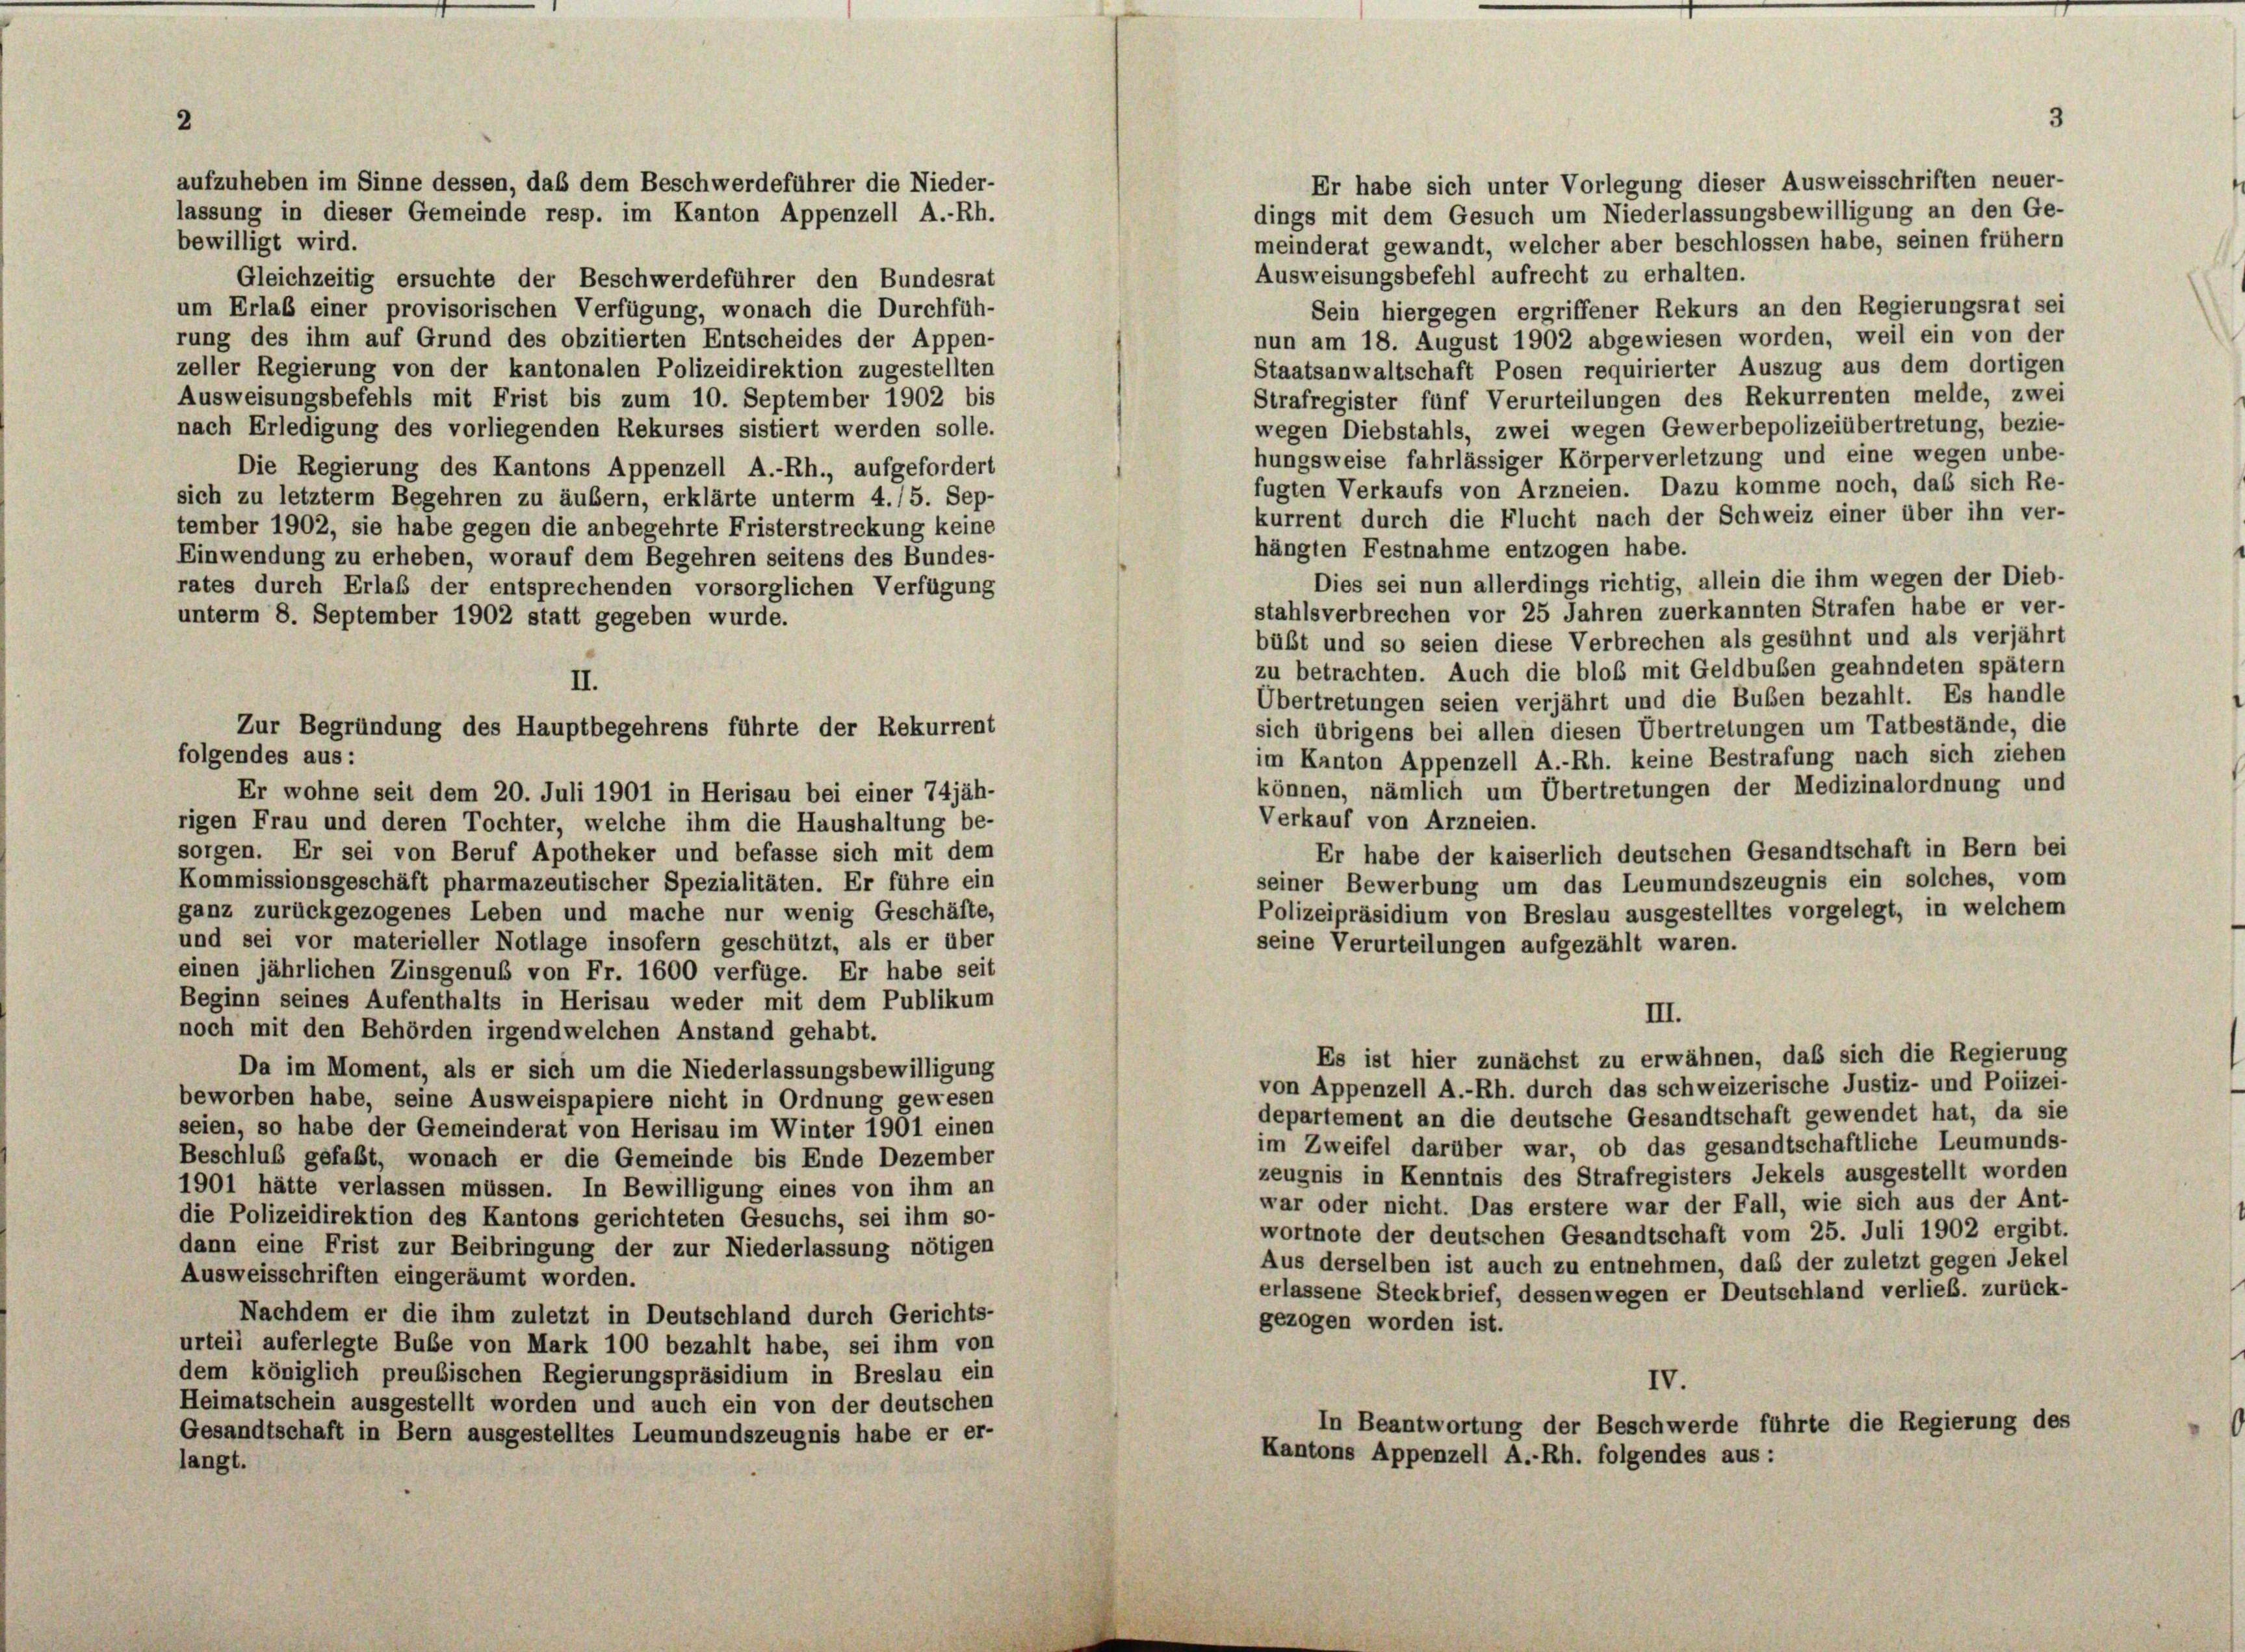
Er habe sich unter Vorlegung dieser Ausweisschriften neuer-
dings mit dem Gesuch um Niederlassungsbewilligung an den Ge-
bewilligt wird.
meinderat gewandt, welcher aber beschlossen habe, seinen frühem
Ausweisungsbefehl aufrecht zu erhalten.
Gleichzeitig ersuchte der Beschwerdeführer den Bundesrat
Sein hiergegen ergriffener Rekurs an den Regierungsrat sei
um Erlaß einer provisorischen Verfügung, wonach die Durchfüh-
nun am 18. August 1902 abgewiesen worden, weil ein von der
rung des ihm auf Grund des obzitierten Entscheides der Appen-
Staatsanwaltschaft Posen requirierter Auszug aus dem dortigen
zeller Regierung von der kantonalen Polizeidirektion zugestellten
Strafregister fünf Verurteilungen des Rekurrenten melde, zwei
Ausweisungsbefehls mit Frist bis zum 10. September 1902 bis
wegen Diebstahls, zwei wegen Gewerbepolizeiübertretung, bezie-
nach Erledigung des vorliegenden Rekurses sistiert werden solle.
hungsweise fahrlässiger Körperverletzung und eine wegen unbe-
Die Regierung des Kantons Appenzell A.-Rh., aufgefordert
fugten Verkaufs von Arzneien. Dazu komme noch, das sich Re-
sich zu letzterm Begehren zu äubern, erklärte unterm 4./5. Sep-
kurrent durch die Flucht nach der Schweiz einer über ihn ver-
tember 1902, sie habe gegen die anbegehrte Fristerstreckung keine
hängten Festnahme entzogen habe.
Einwendung zu erheben, worauf dem Begehren seitens des Bundes-
Dies sei nun allerdings richtig, allein die ihm wegen der Dieb-
rates durch Erlaß der entsprechenden vorsorglichen Verfügung
stahlsverbrechen vor 25 Jahren zuerkannten Strafen habe er ver-
unterm 8. September 1902 statt gegeben wurde.
büßt und so seien diese Verbrechen als gesühnt und als verjährt
zu betrachten. Auch die bloß mit Geldbuben geahndeten spätem
II.
Übertretungen seien verjährt und die Buben bezahlt. Es handle
sich übrigens bei allen diesen Übertretungen um Tatbestände, die
im Kanton Appenzell A.-Rh. keine Bestrafung nach sich ziehen
können, nämlich um Übertretungen der Medizinalordnung und
Er wohne seit dem 20. Juli 1901 in Herisau bei einer 74jäh-
Verkauf von Arzneien.
rigen Frau und deren Tochter, welche ihm die Haushaltung be-
sorgen. Er sei von Beruf Apotheker und befasse sich mit dem
Er habe der kaiserlich deutschen Gesandtschaft in Bern bei
Kommissionsgeschäft pharmazeutischer Spezialitäten. Er führe ein
seiner Bewerbung um das Leumundszeugnis ein solches, vom
ganz zurückgezogenes Leben und mache nur wenig Geschäfte,
Polizeipräsidium von Breslau ausgestelltes vorgelegt, in welchem
und sei vor materieller Notlage insofern geschützt, als er über
seine Verurteilungen aufgezählt waren.
einen jährlichen Zinsgenuß von Fr. 1600 verfüge. Er habe seit
Beginn seines Aufenthalts in Herisau weder mit dem Publikum
III.
noch mit den Behörden irgendwelchen Anstand gehabt.
Es ist hier zunächst zu erwähnen, daß sich die Regierung
Da im Moment, als er sich um die Niederlassungsbewilligung
von Appenzell A.-Rh. durch das schweizerische Justiz- und Polizei-
beworben habe, seine Ausweispapiere nicht in Ordnung gewesen
departement an die deutsche Gesandtschaft gewendet hat, da sie
seien, so habe der Gemeinderat von Herisau im Winter 1901 einen
im Zweifel darüber war, ob das gesandtschaftliche Leumunds-
Beschluß gefaßt, wonach er die Gemeinde bis Ende Dezember
zeugnis in Kenntnis des Strafregisters Jekels ausgestellt worden
1901 hätte verlassen müssen. In Bewilligung eines von ihm an
war oder nicht. Das erstere war der Fall, wie sich aus der Ant-
die Polizeidirektion des Kantons gerichteten Gesuchs, sei ihm so-
wortnote der deutschen Gesandtschaft vom 25. Juli 1902 ergibt.
dann eine Frist zur Beibringung der zur Niederlassung nötigen
Aus derselben ist auch zu entnehmen, daß der zuletzt gegen Jekel
Ausweisschriften eingeräumt worden.
erlassene Steckbrief, dessen wegen er Deutschland verlieb. zurück-
Nachdem er die ihm zuletzt in Deutschland durch Gerichts-
gezogen worden ist.
urteil auferlegte Bube von Mark 100 bezahlt habe, sei ihm von
dem königlich preubischen Regierungspräsidium in Breslau ein
IV.
Heimatschein ausgestellt worden und auch ein von der deutschen
In Beantwortung der Beschwerde führte die Regierung des
Gesandtschaft in Bern ausgestelltes Leumundszeugnis habe er er-
Kantons Appenzell A.-Rh. folgendes aus :
langt.

aufzuheben im Sinne dessen, daß dem Beschwerdeführer die Nieder-
lassung in dieser Gemeinde resp. im Kanton Appenzell A.-Rh.

Zur Begründung des Hauptbegehrens führte der Rekurrent
folgendes aus:

3